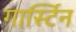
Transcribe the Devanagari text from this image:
गार्स्टिन